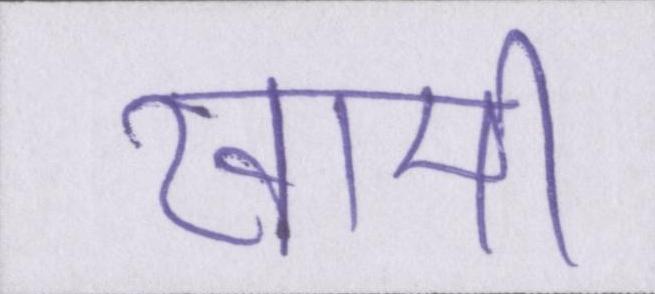
खामी